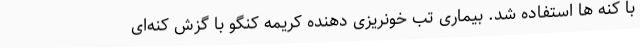
با کنه ها استفاده شد. بیماری تب خونریزی دهنده کریمه کنگو با گزش کنه‌ای